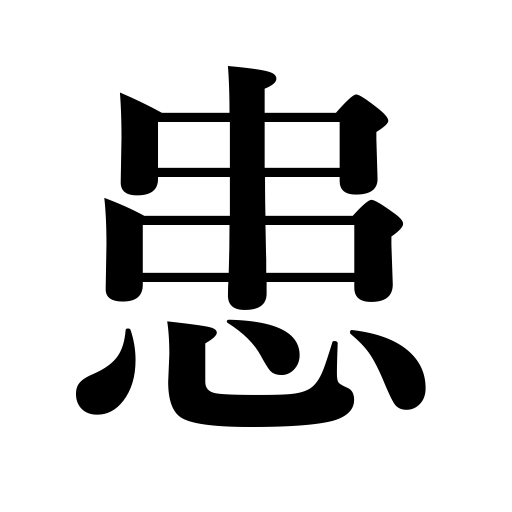
Meanings: be afficted,be ill,suffer from,disease